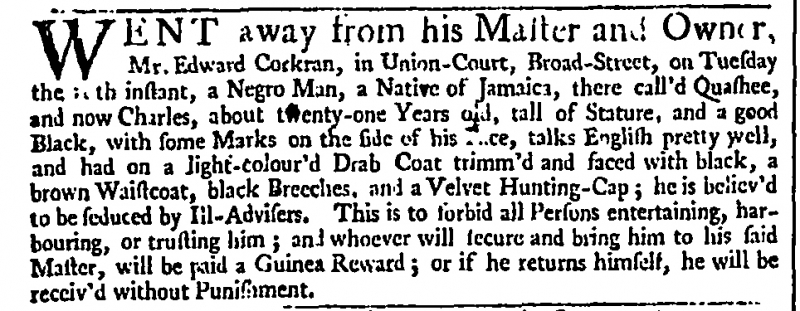
Daily Advertiser, 19 November 1742 (England)
WENT away from his Master and Owner, Mr. Edward Cockran, in Union-Court, Broad-Street, on Tuesday the 9th instant, a Negro Man, a Native of Jamaica, there call’d Quashee, and now Charles, about twenty-one Years old, tall of Stature, and a good Black, with some Marks on the side of his face, talks English pretty well, and had on a light-colour’d Drab Coat trimm’d and faced with black, a brown Waistcoat, black Breeches, and a Velvet Hunting-Cap; he is believ’d to be seduced by Ill-Advisers. This is to forbid all Persons entertaining, harbouring, or trusting him; and whoever will secure and bring him to his said Master, will be paid a Guinea Reward; or if he returns himself, he will be receiv’d without Punishment.